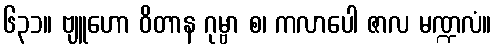
၆၃၁။ ဗျူဟော ဝိတာန ဂုမ္ဗာ စ၊ ကလာပေါ ဇာလ မဏ္ဍလံ။